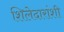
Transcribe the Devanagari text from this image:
शिलेदारांशी